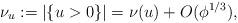
LaTeX: \begin{align*}\nu_u:= |\{u>0\}|=\nu(u)+O(\phi^{1/3}),\end{align*}